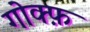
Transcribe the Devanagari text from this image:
गोक्फ़